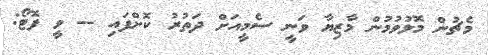
މެޗުން މޮޅުވުމުން މާޒިޔާ ވަނީ ސެމީއަށް ދަތުރު ކޮށްފައި -- ވީ ފޮޓޯ: